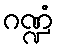
ဂဏ္ဍံ